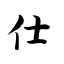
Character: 仕